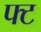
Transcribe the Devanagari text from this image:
फ्ट